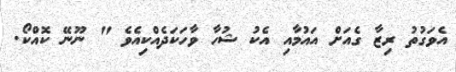
އެވަގުތު ރިޒާ ގެއަށް އައުމާއި އެކު ޝުހާ ވާހަކަދެއްކިއެވެ " ނޫނޭ ކޮއްކޯ.